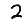
Digit: 2